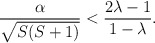
\begin{align*}\frac{\alpha}{\sqrt{S(S+1)}} < \frac{2\lambda -1}{1-\lambda}.\end{align*}